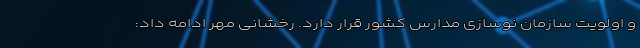
و اولویت سازمان نوسازی مدارس کشور قرار دارد. رخشانی مهر ادامه داد: